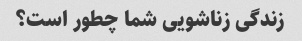
زندگی زناشویی شما چطور است؟